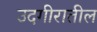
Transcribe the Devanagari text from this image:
उदगीरातील